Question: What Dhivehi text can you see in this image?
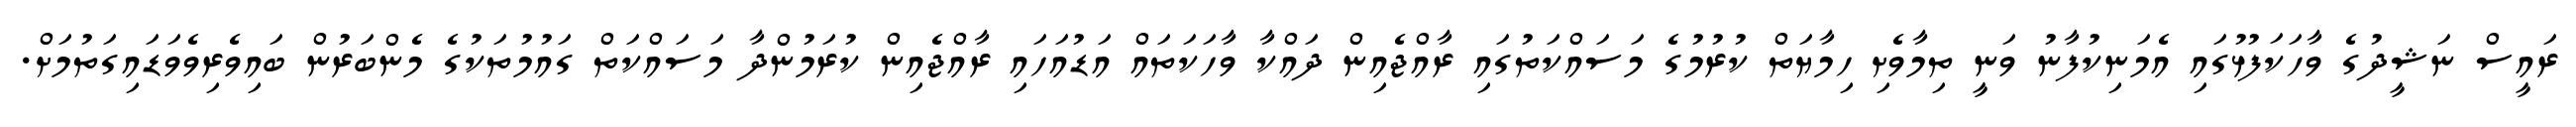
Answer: ރައީސް ނަޝީދުގެ ވާހަކަފުޅުގައި އެމަނިކުފާނު ވަނީ ތިމާވެށި ހިމާޔަތް ކުރުމުގެ މަސައްކަތުގައި ރާއްޖެއިން ދައްކާ ވާހަކަތައް އަޑުއަހައި ރާއްޖެއިން ކުރަމުންދާ މަސައްކަތް ގައުމުތަކުގެ މެންބަރުން ބައިވެރިވެވަޑައިގަތުމަށް.